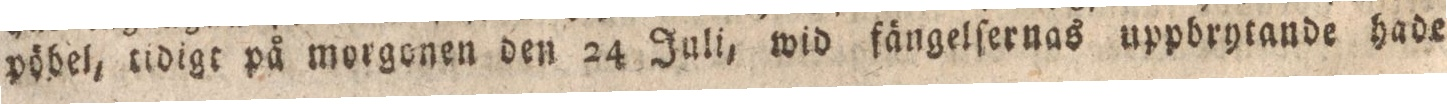
pöhel, tidigt på morgonen den 24 Juli, wid fängelſernas uppbrytande hade